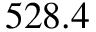
5 2 8 . 4